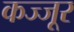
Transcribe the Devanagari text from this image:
कज्जूर